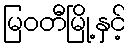
မြဝတီမြို့နှင့်